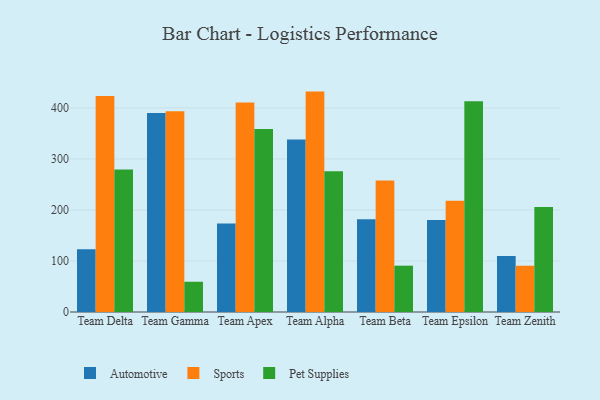
{"axis": {"x": "Team", "y": "Energy Usage (MWh)"}, "legend": ["Automotive", "Pet Supplies", "Sports"], "data": [{"x": "Team Delta", "y": 123.2, "type": "Automotive"}, {"x": "Team Delta", "y": 423.5, "type": "Sports"}, {"x": "Team Delta", "y": 279.4, "type": "Pet Supplies"}, {"x": "Team Gamma", "y": 390.0, "type": "Automotive"}, {"x": "Team Gamma", "y": 393.2, "type": "Sports"}, {"x": "Team Gamma", "y": 59.3, "type": "Pet Supplies"}, {"x": "Team Apex", "y": 173.2, "type": "Automotive"}, {"x": "Team Apex", "y": 410.5, "type": "Sports"}, {"x": "Team Apex", "y": 358.6, "type": "Pet Supplies"}, {"x": "Team Alpha", "y": 337.8, "type": "Automotive"}, {"x": "Team Alpha", "y": 431.9, "type": "Sports"}, {"x": "Team Alpha", "y": 276.0, "type": "Pet Supplies"}, {"x": "Team Beta", "y": 181.6, "type": "Automotive"}, {"x": "Team Beta", "y": 257.6, "type": "Sports"}, {"x": "Team Beta", "y": 90.8, "type": "Pet Supplies"}, {"x": "Team Epsilon", "y": 180.1, "type": "Automotive"}, {"x": "Team Epsilon", "y": 218.0, "type": "Sports"}, {"x": "Team Epsilon", "y": 413.0, "type": "Pet Supplies"}, {"x": "Team Zenith", "y": 109.7, "type": "Automotive"}, {"x": "Team Zenith", "y": 90.7, "type": "Sports"}, {"x": "Team Zenith", "y": 205.9, "type": "Pet Supplies"}]}